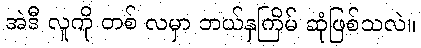
အဲဒီ လူကို တစ် လမှာ ဘယ်နှကြိမ် ဆုံဖြစ်သလဲ။